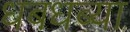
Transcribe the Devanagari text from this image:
धबधब्या